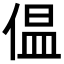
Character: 𪝑